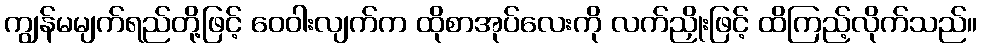
ကျွန်မမျက်ရည်တို့ဖြင့် ဝေဝါးလျက်က ထိုစာအုပ်လေးကို လက်ညှိုးဖြင့် ထိကြည့်လိုက်သည်။